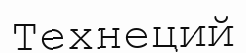
Технеций